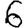
Digit: 6